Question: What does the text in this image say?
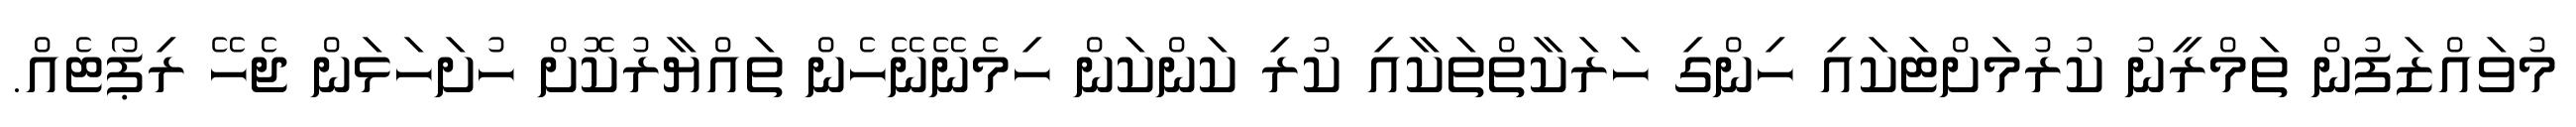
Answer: މުވައްޒަފުން ތަމްރީނު ކުރުމަށްޓަކައި ހިންގި ހަރަކާތްތަކާއި ކުރި ކަންކަން ހިމެނޭނޭހެން ތައްޔާރުކޮށް ހުށަހަޅަން ޖެހޭ ރިޕޯޓެއް.